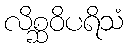
လိစ္ဆဝိပရိသံ